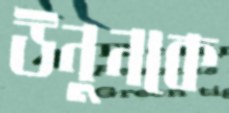
উনুনকে